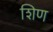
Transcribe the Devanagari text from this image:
शिण